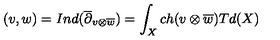
( v , w ) = I n d ( \overline { { \partial } } _ { v \otimes \overline { { w } } } ) = \int _ { X } c h ( v \otimes \overline { { w } } ) T d ( X )